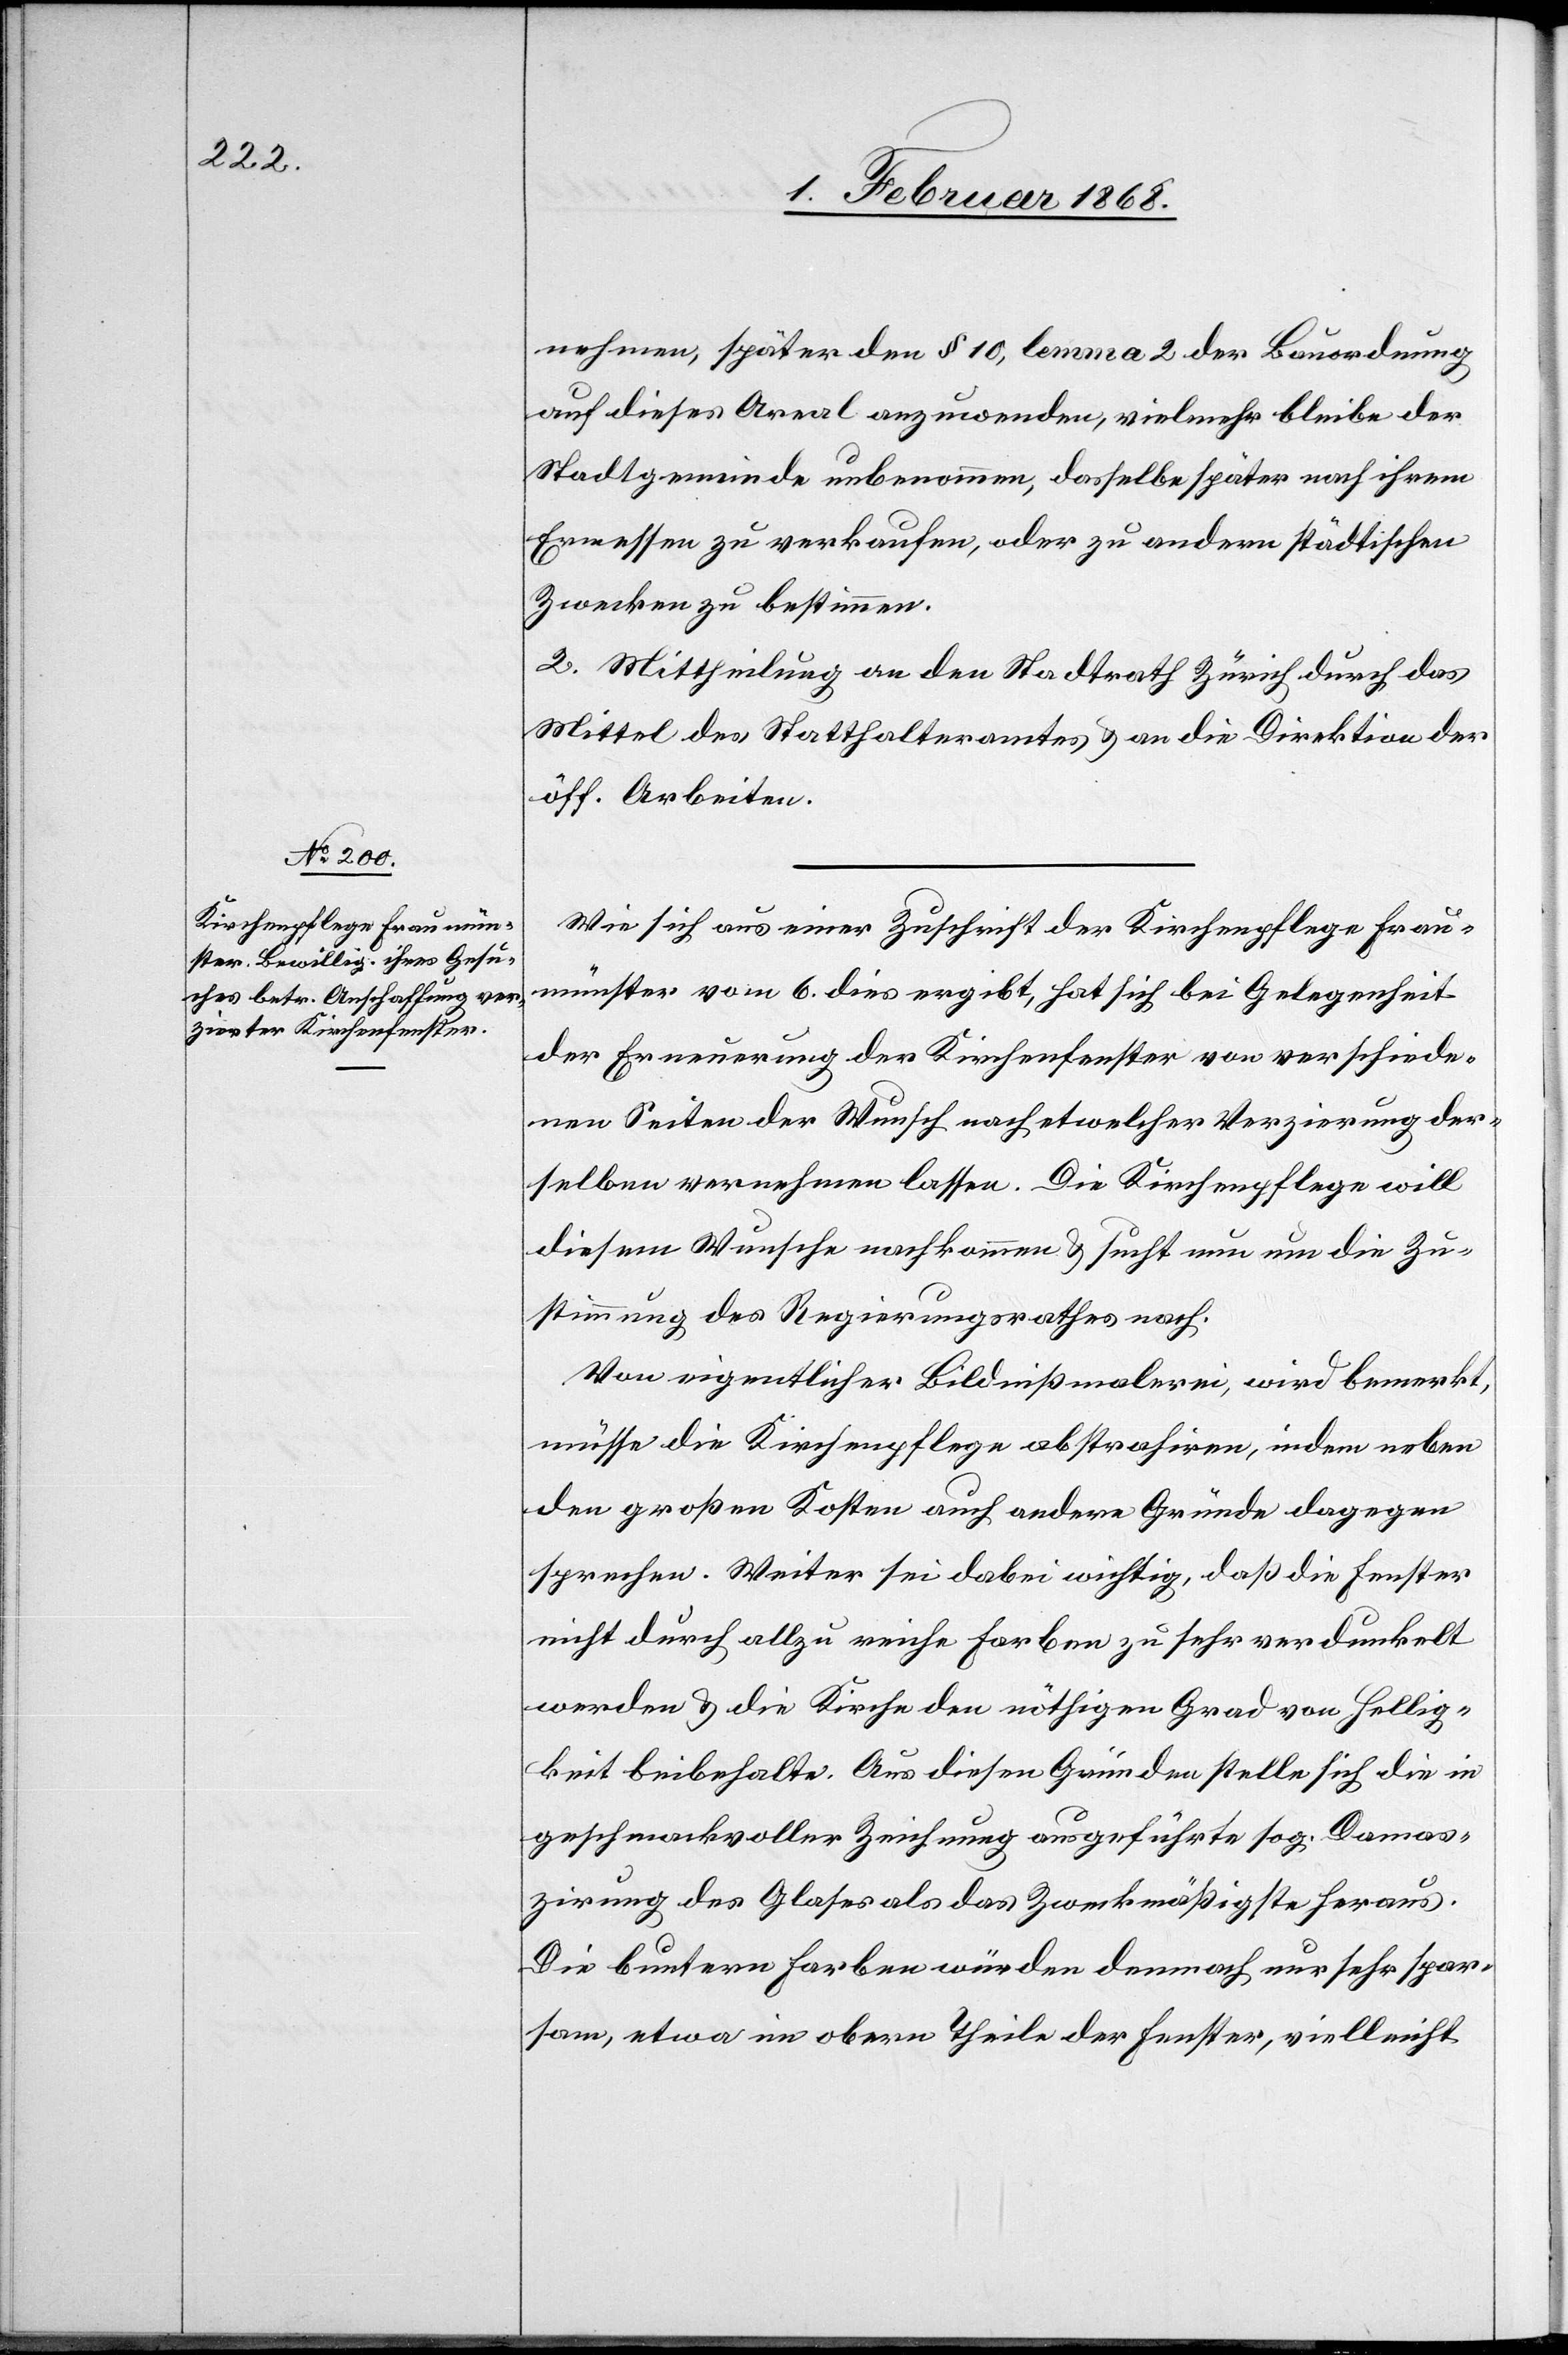
nehmen, später den § 10, lemma 2 der Bauordnung
auf dieses Areal anzuwenden, vielmehr bleibe der
Stadtgemeinde unbenommen, dasselbe später nach ihrem
Ermessen zu verkaufen, oder zu andern städtischen
Zwecken zu bestimmen.
2. Mittheilung an den Stadtrath Zürich durch das
Mittel des Statthalteramtes & an die Direktion der
öff. Arbeiten.
Wie sich aus einer Zuschrift der Kirchenpflege Frau¬
münster vom 6. dies ergibt, hat sich bei Gelegenheit
der Erneuerung der Kirchenfenster von verschiede¬
nen Seiten der Wunsch nach etwelcher Verzierung der¬
selben vernehmen lassen. Die Kirchenpflege will
diesem Wunsche nachkommen & sucht nun um die Zu¬
stimmung des Regierungsrathes nach.
Von eigentlicher Bildnißmalerei, wird bemerkt,
müsse die Kirchenpflege abstrahiren, indem neben
den großen Kosten auch andere Gründe dagegen
sprechen. Weiter sei dabei wichtig, daß die Fenster
nicht durch allzu reiche Farben zu sehr verdunkelt
werden & die Kirche den nöthigen Grad von Hellig¬
keit beibehalte. Aus diesen Gründen stelle sich die in
geschmackvoller Zeichnung ausgeführte sog. Damas¬
zirung des Glases als das Zweckmäßigste heraus.
Die buntern Farben würden demnach nur sehr spar¬
sam, etwa im obern Theile der Fenster, vielleicht